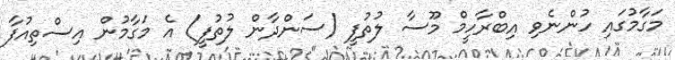
މަގާމުގައި ހުންނެވި އިބްރާހީމް މޫސާ ލުތުފީ (ސަންދާން ލުތުފީ) އެ މަގާމުން އިސްތިއުފާ